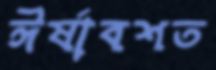
ঈর্ষাবশত